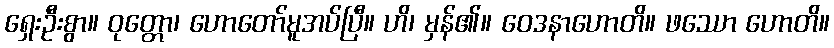
ရှေးဦးစွာ။ ဝုတ္တော၊ ဟောတော်မူအပ်ပြီ။ ဟိ၊ မှန်၏။ ဝေဒနာဟောတိ။ ဖဿော ဟောတိ။